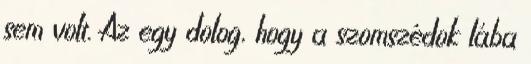
sem volt. Az egy dolog, hogy a szomszédok lába